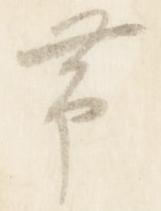
帯